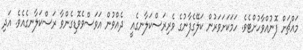
މައްޗަށް ފޮނުއްވާހުށްޓެވެ. ހަމަކަށަވަރުން ކަލޭގެފާނުގެ ވެރިރަސްކަލާނގެއީ  ދެއްވުން އަވަސްވެވޮޑިގެންވާ ރަސްކަލާނގެއެވެ. އަދި